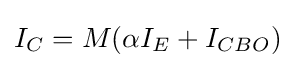
I_{C}=M(\alpha I_{E}+I_{CBO})